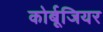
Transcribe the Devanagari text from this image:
कोर्बूजियर